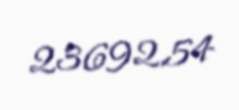
23692,54